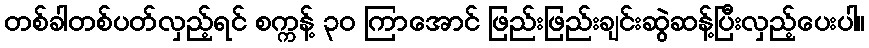
တစ်ခါတစ်ပတ်လှည့်ရင် စက္ကန့် ၃၀ ကြာအောင် ဖြည်းဖြည်းချင်းဆွဲဆန့်ပြီးလှည့်ပေးပါ။